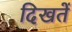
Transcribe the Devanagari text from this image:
दिखतें